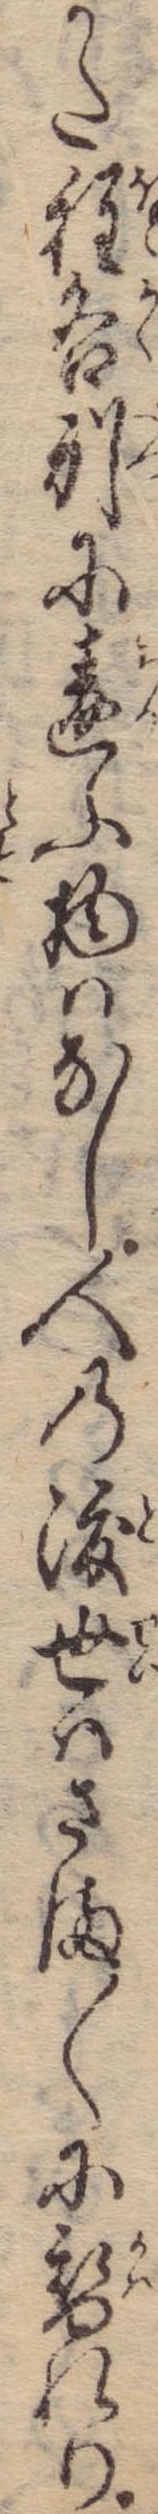
かた程各別に違ふ物はなし人の渡世はさま〱に替れり